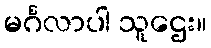
မင်္ဂလာပါ သူဌေး။